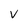
Character: V